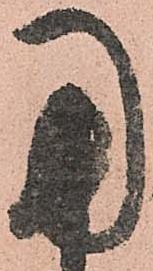
用